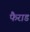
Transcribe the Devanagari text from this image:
फैराड